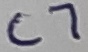
Text: C7